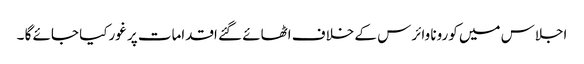
اجلاس میں کورونا وائرس کے خلاف اٹھائے گئے اقدامات پر غورکیا جائے گا ۔